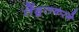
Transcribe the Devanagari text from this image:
तेंडूलकरने